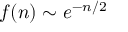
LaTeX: f ( n ) \sim e ^ { - n / 2 }